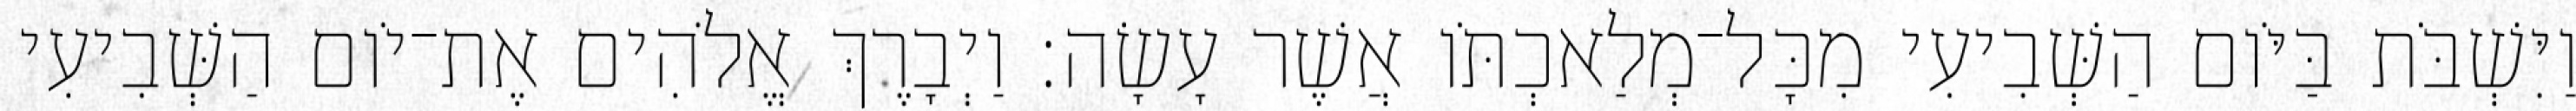
וַיִּשְׁבֹּת בַּיֹּום הַשְּׁבִיעִי מִכָּל־מְלַאכְתֹּו אֲשֶׁר עָשָׂה׃ וַיְבָרֶךְ אֱלֹהִים אֶת־יֹום הַשְּׁבִיעִי